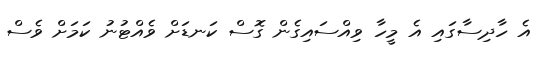
އެ ހާދިސާގައި އެ މީހާ ވިއްސައިގެން ގޮސް ކަނޑަށް ވެއްޓުނު ކަމަށް ވެސް